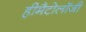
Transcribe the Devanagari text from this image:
हीमैटोलॉजी